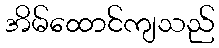
အိမ်ထောင်ကျသည်